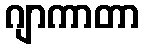
ဂျာကာတာ